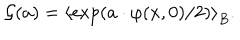
\mathcal { G } ( a ) = \left\langle \exp ( a \cdot \varphi ( x , 0 ) / 2 ) \right\rangle _ { B } .